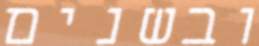
ובשנים